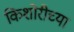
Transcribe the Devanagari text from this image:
किशोरीच्या